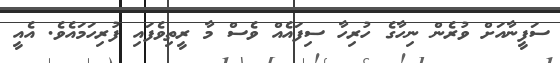
ސަފީނާއަށް ވުރެން ނިހާގެ ހުރިހާ ސިފައެއް ވެސް މާ ރީތިވެފައި ފުރިހަމައެވެ. އެއީ